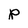
Character: p